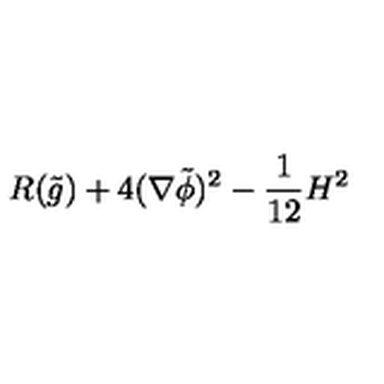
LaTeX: R ( \tilde { g } ) + 4 ( \nabla \tilde { \phi } ) ^ { 2 } - { \frac { 1 } { 1 2 } } H ^ { 2 }